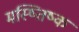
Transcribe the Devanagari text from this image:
मस्ष्तिष्क